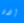
إذن